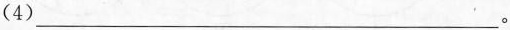
(4)___。